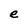
Character: e